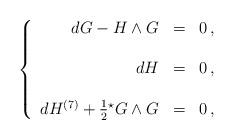
LaTeX: \begin{align*}\left\{\begin{array}{rcl}dG -H\wedge G & = & 0\, ,\\& & \\d H & = & 0\, ,\\& & \\dH^{(7)} +\frac{1}{2} {}^{\star} G \wedge G & = & 0\, ,\\\end{array}\right.\end{align*}